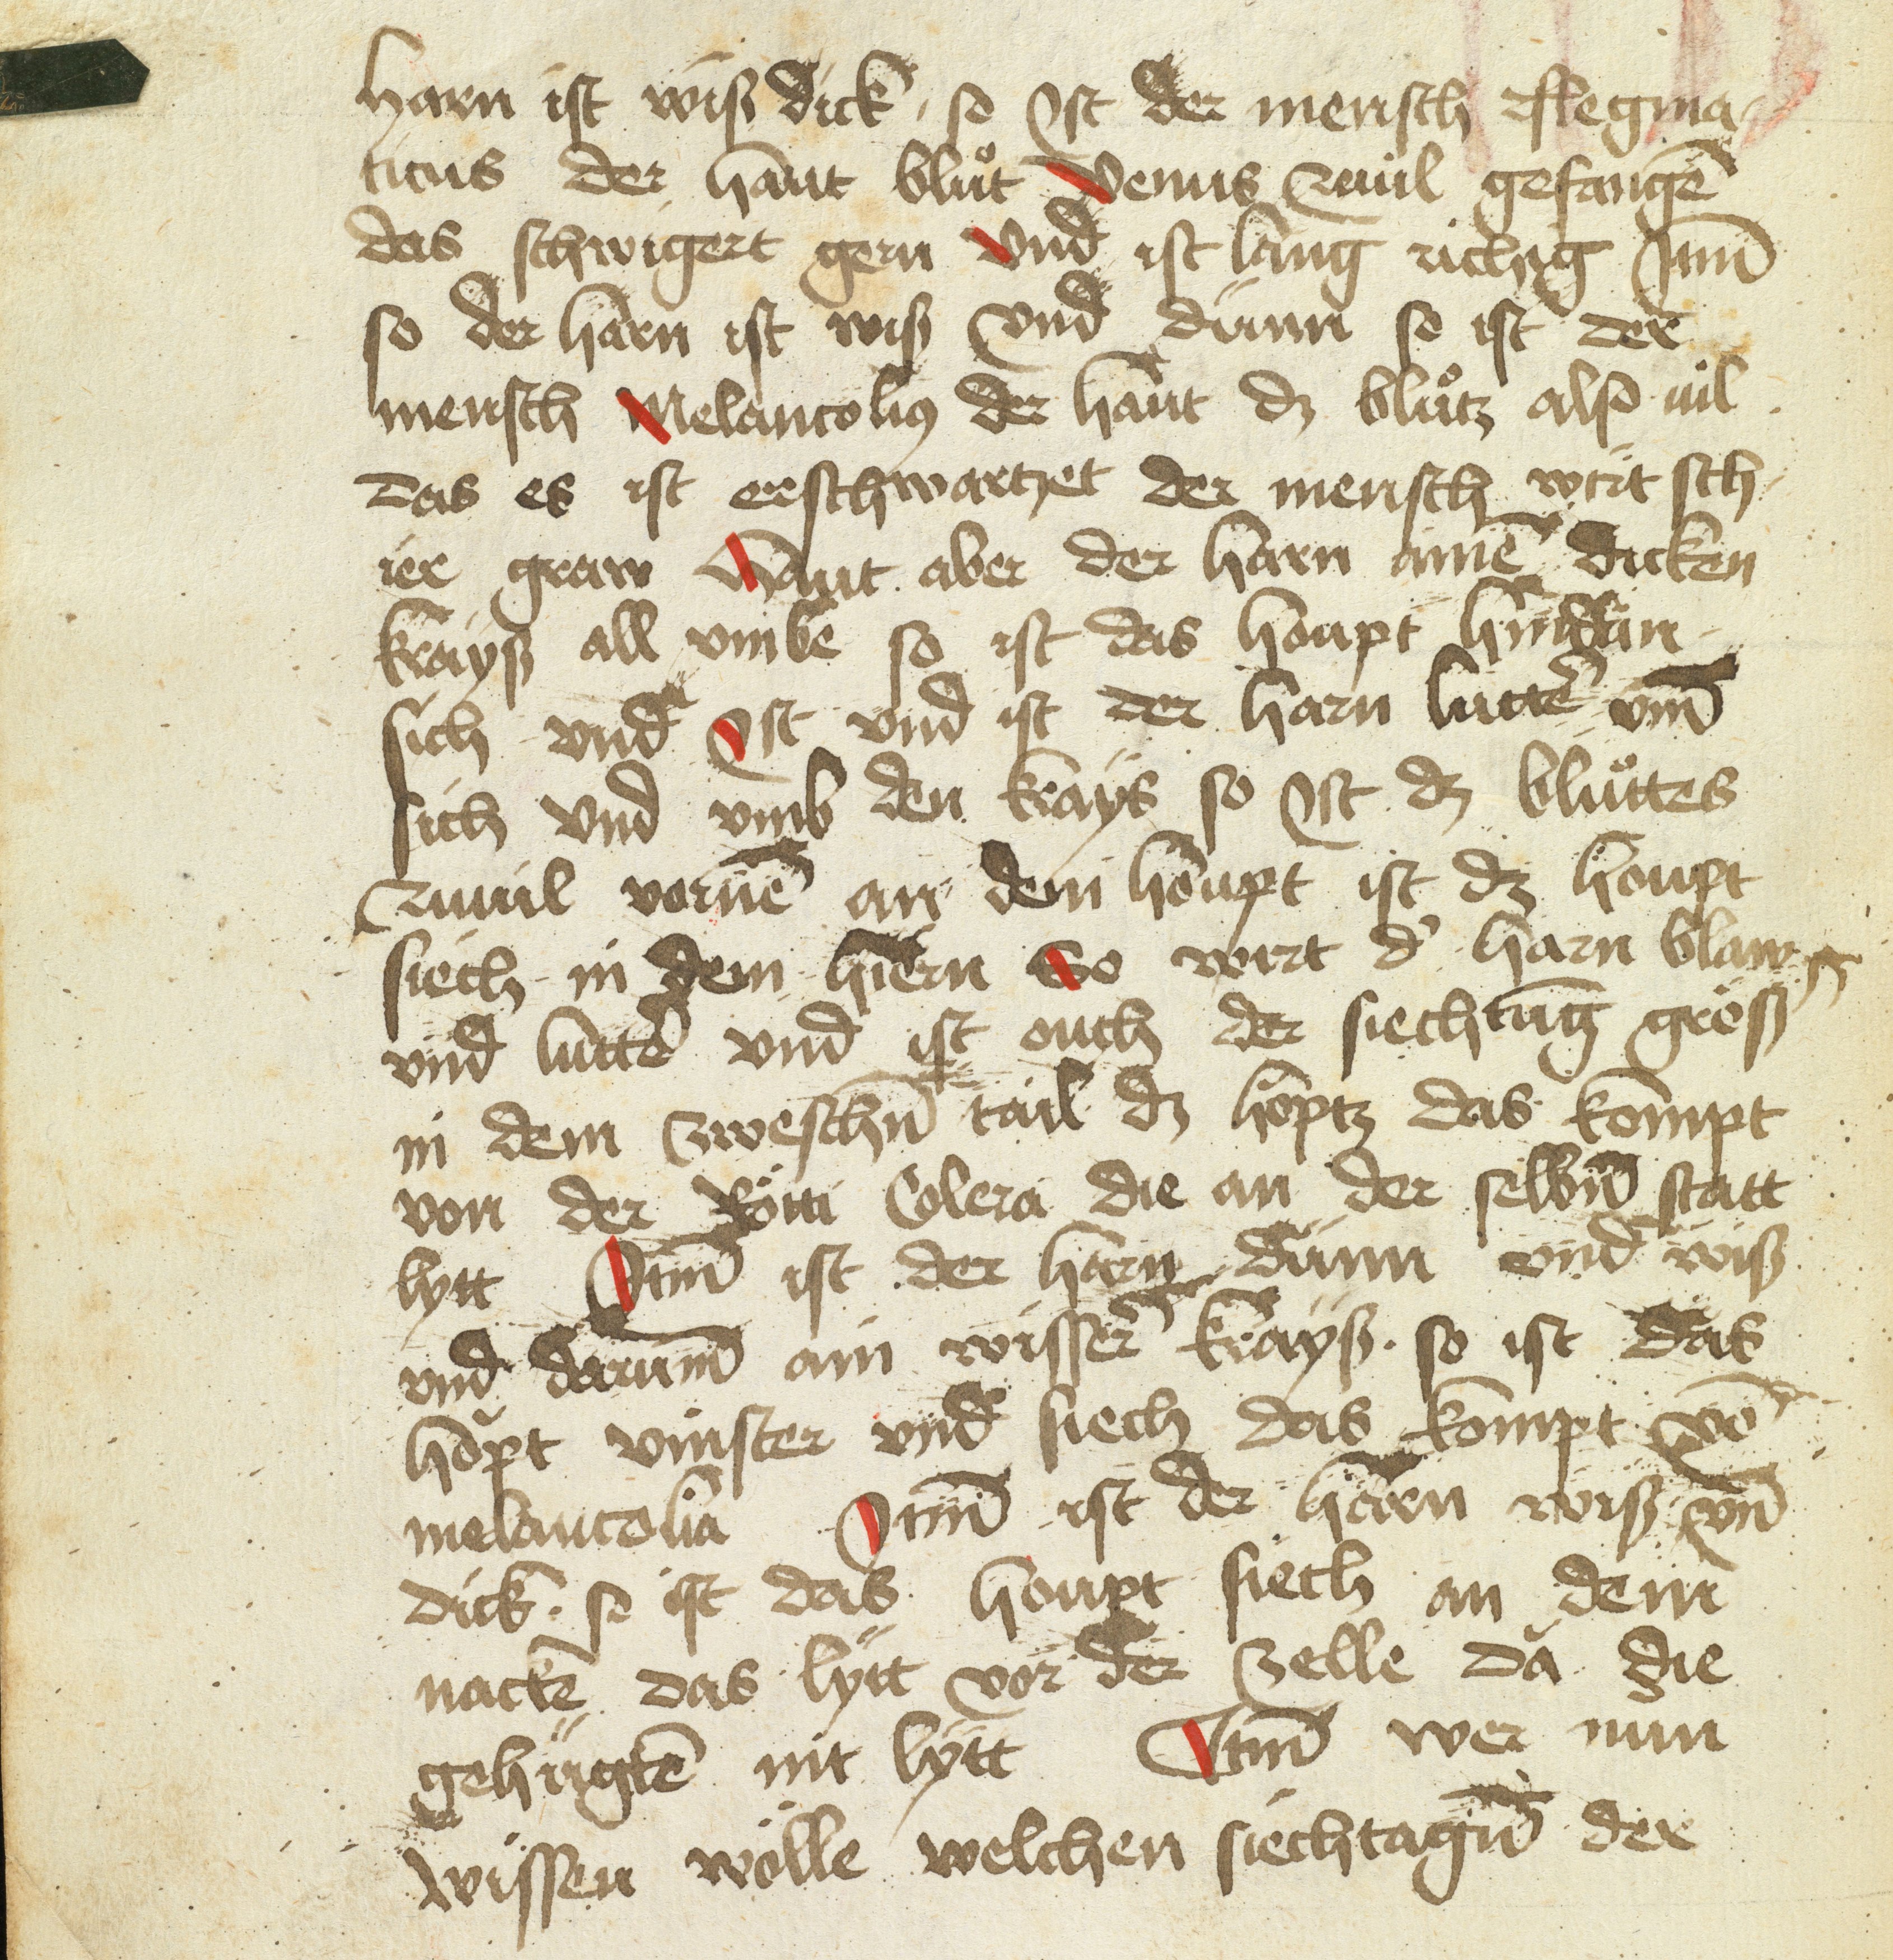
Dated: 1475–1499